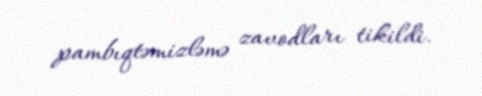
pambıqtəmizləmə zavodları tikildi.